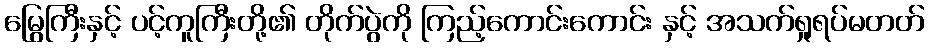
မြွေကြီးနှင့် ပင့်ကူကြီးတို့၏ တိုက်ပွဲကို ကြည့်ကောင်းကောင်း နှင့် အသက်ရှုရပ်မတတ်